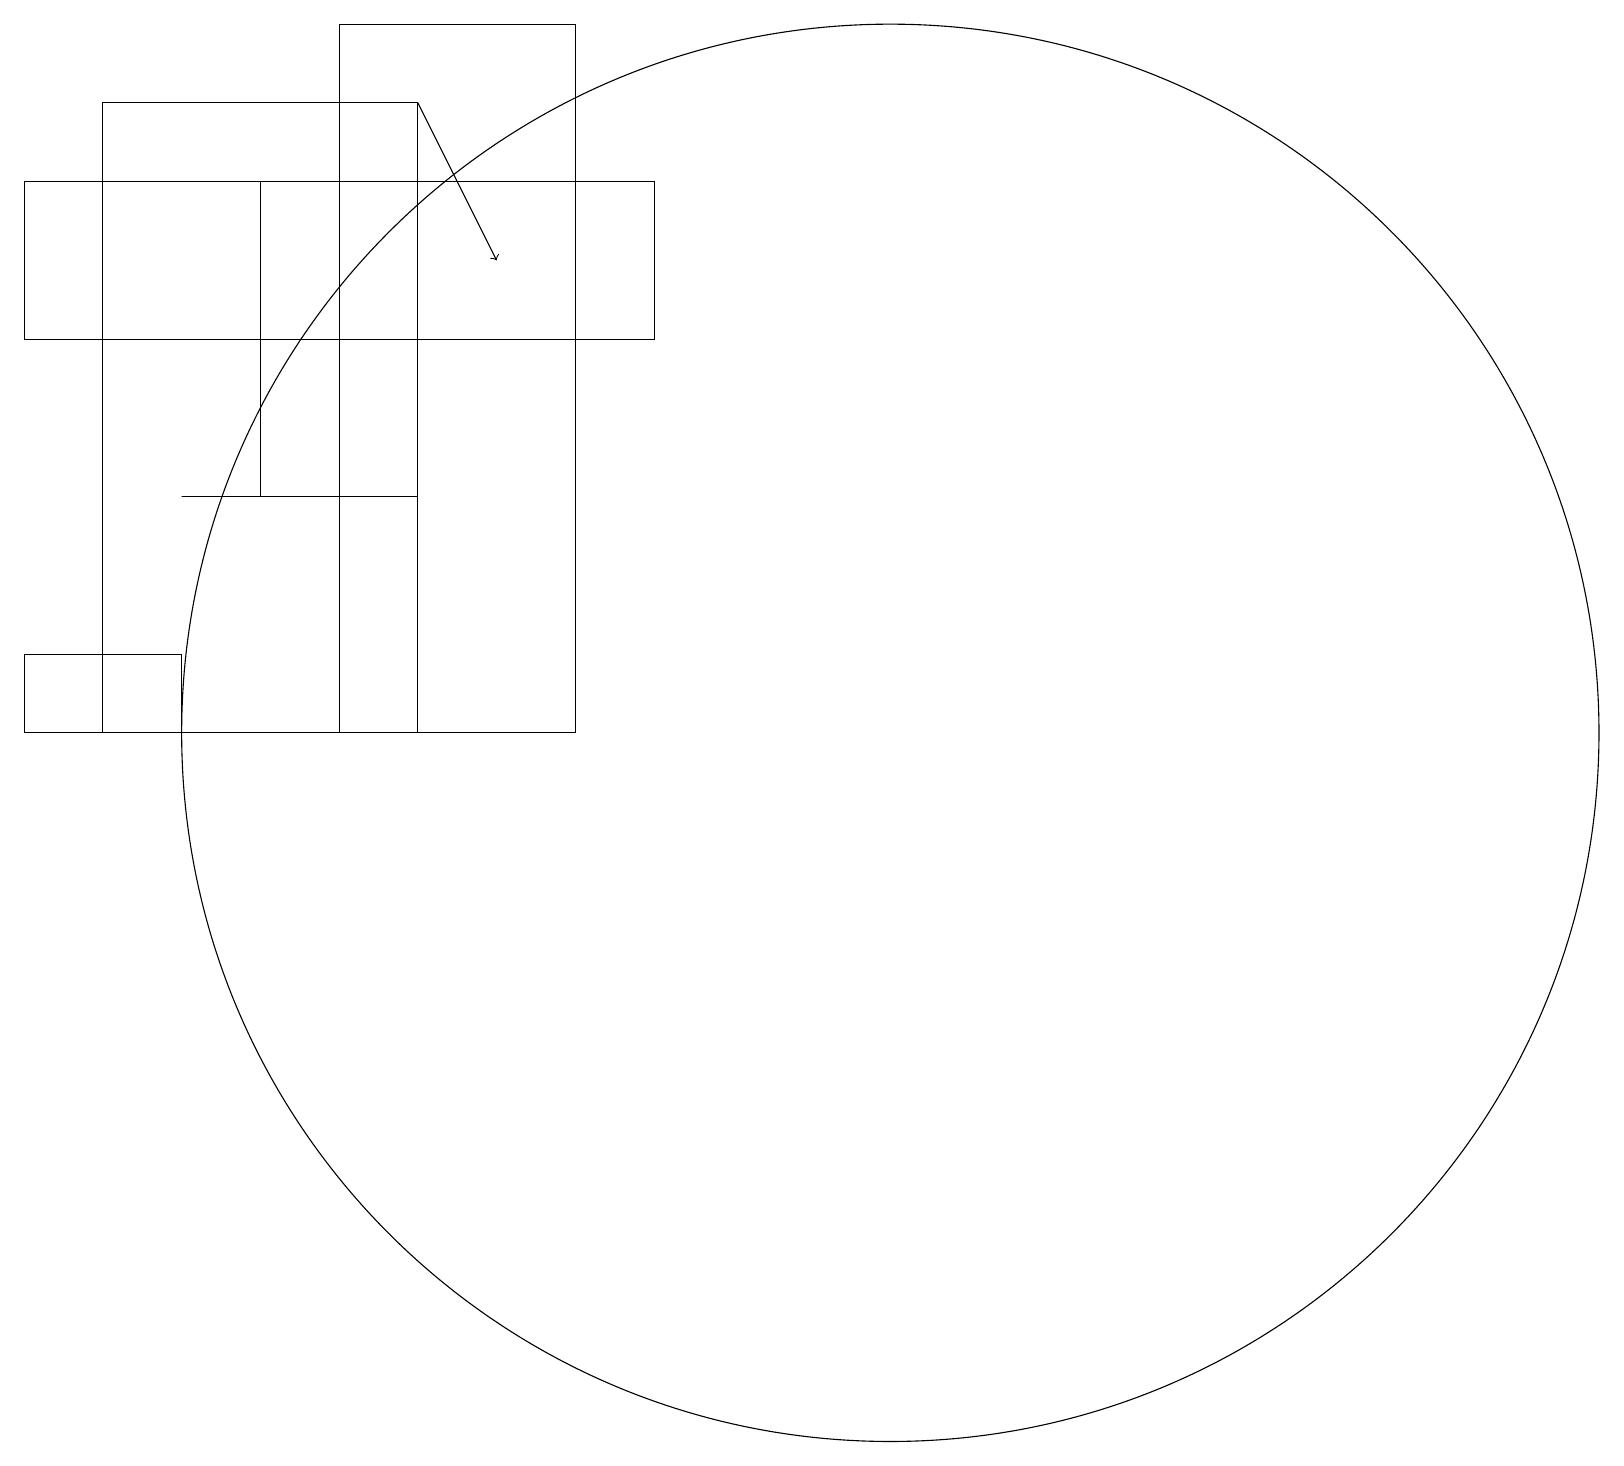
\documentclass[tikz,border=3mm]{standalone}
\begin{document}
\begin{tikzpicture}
\draw[->] (5,18) -- (6,16);
\draw (4,19) rectangle (7,10);
\draw (3,13) rectangle (4,17);
\draw (11,10) circle (9);
\draw (1,18) rectangle (5,10);
\draw (0,11) rectangle (2,10);
\draw (5,13) rectangle (2,13);
\draw (0,15) rectangle (8,17);
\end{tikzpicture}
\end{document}